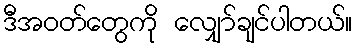
ဒီအဝတ်တွေကို လျှော်ချင်ပါတယ်။